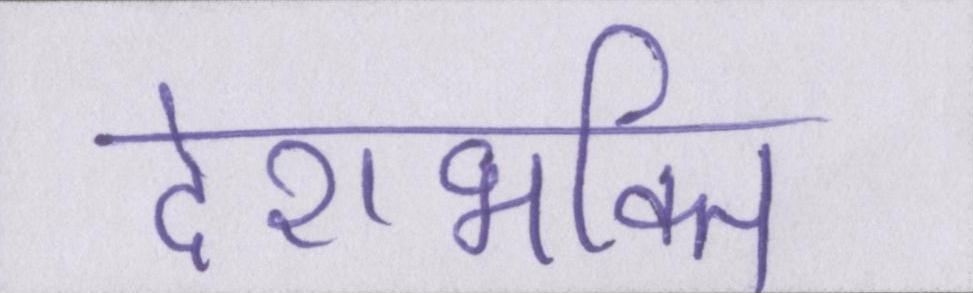
देशभक्ति